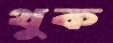
থুক